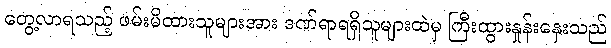
တွေ့လာရသည့် ဖမ်းမိထားသူများအား ဒဏ်ရာရရှိသူများထဲမှ ကြီးထွားနှုန်းနှေးသည်